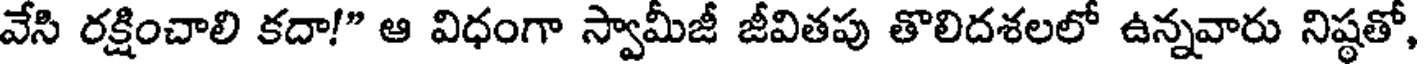
వేసి రక్షించాలి కదా!" ఆ విధంగా స్వామీజీ జీవితపు తొలిదశలలో ఉన్నవారు నిష్ఠతో,